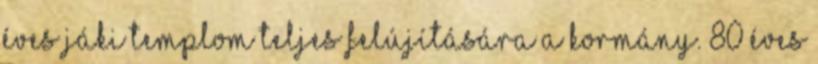
éves jáki templom teljes felújítására a kormány. 80 éves